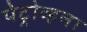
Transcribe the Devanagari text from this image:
पेट्रोव्हना